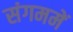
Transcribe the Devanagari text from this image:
संगममें